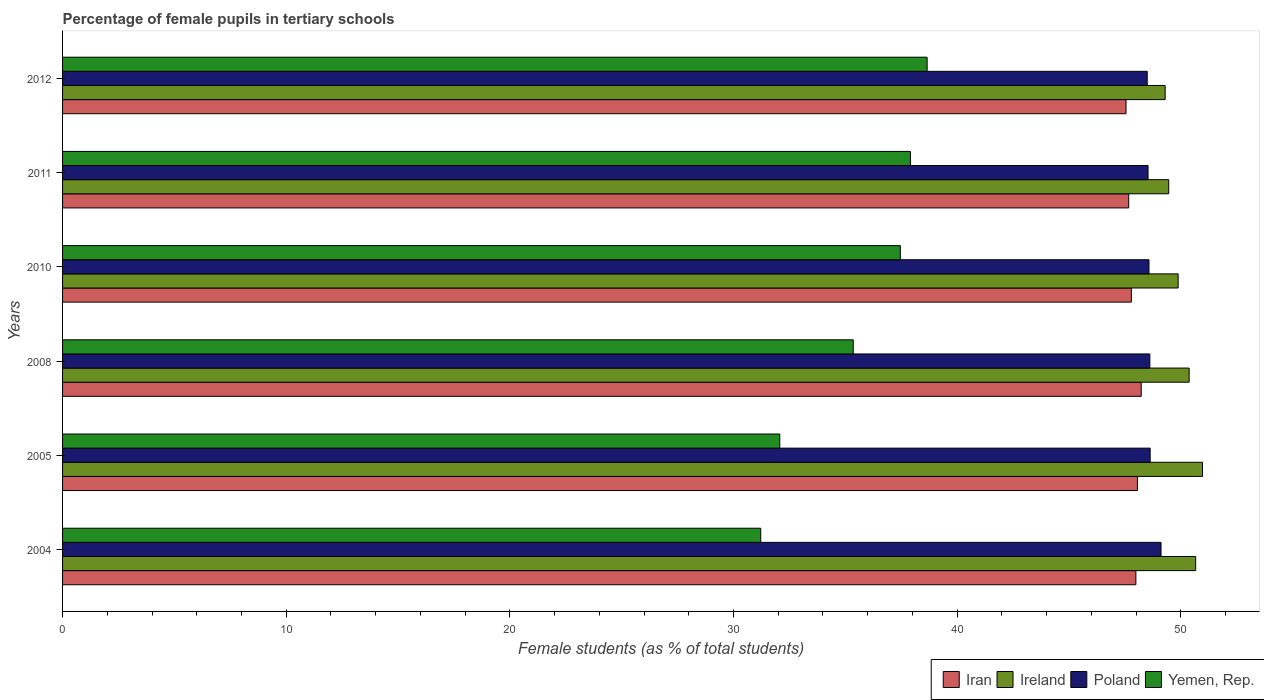
| Years | Iran | Ireland | Poland | Yemen, Rep. |
 | --- | --- | --- | --- | --- |
 | 2004 | 48 | 50.7 | 49.1 | 31.2 |
 | 2005 | 48.1 | 51 | 48.6 | 32.1 |
 | 2008 | 48.2 | 50.4 | 48.6 | 35.4 |
 | 2010 | 47.8 | 49.9 | 48.6 | 37.5 |
 | 2011 | 47.7 | 49.5 | 48.5 | 37.9 |
 | 2012 | 47.6 | 49.3 | 48.5 | 38.7 |